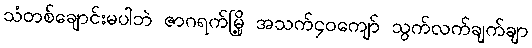
သံတစ်ချောင်းမပါဘဲ ဇာဂရက်မြို့ အသက်၄၀ကျော် သွက်လက်ချက်ချာ